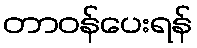
တာဝန်ပေးရန်